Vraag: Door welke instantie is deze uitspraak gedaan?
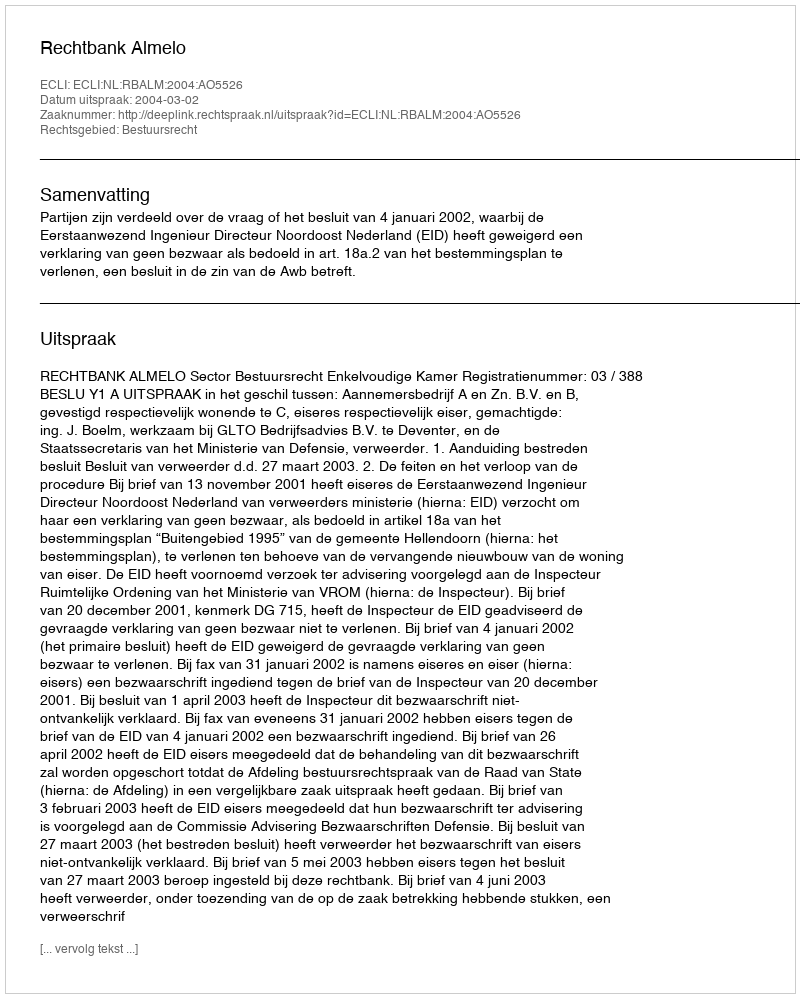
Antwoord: Rechtbank Almelo